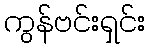
ကွန်ဗင်းရှင်း